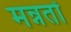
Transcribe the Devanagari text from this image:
मन्नतों